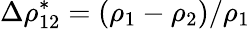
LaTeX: \Delta\rho_{12}^{*}=(\rho_{1}-\rho_{2})/\rho_{1}